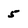
Character: 5